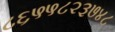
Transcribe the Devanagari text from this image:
८६५५८२३७४८